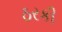
ઠરકી